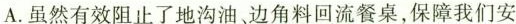
A.虽然有效阻止了地沟油，边角料回流餐桌，保障我们安